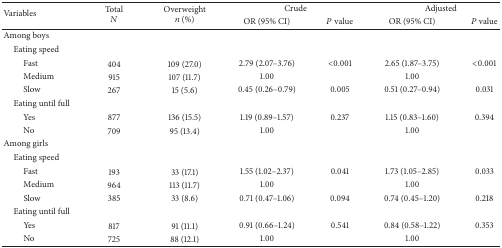
<table><thead><tr><td rowspan="2"><b>Variables</b></td><td rowspan="2"><b>Total<i>N</i></b></td><td rowspan="2"><b>Overweight<i>n</i> (%)</b></td><td colspan="2"><b>Crude</b></td><td colspan="2"><b>Adjusted</b></td></tr><tr><td><b>OR (95% CI)</b></td><td><b><i>P</i> value</b></td><td><b>OR (95% CI)</b></td><td><b><i>P</i> value</b></td></tr></thead><tbody><tr><td>Among boys</td><td> </td><td> </td><td> </td><td> </td><td> </td><td> </td></tr><tr><td> Eating speed</td><td> </td><td> </td><td> </td><td> </td><td> </td><td> </td></tr><tr><td>Fast</td><td>404</td><td>109 (27.0)</td><td>2.79 (2.07–3.76)</td><td>&lt;0.001</td><td>2.65 (1.87–3.75)</td><td>&lt;0.001</td></tr><tr><td>Medium</td><td>915</td><td>107 (11.7)</td><td>1.00 </td><td> </td><td>1.00</td><td> </td></tr><tr><td>Slow</td><td>267</td><td>15 (5.6)</td><td>0.45 (0.26–0.79)</td><td>0.005</td><td>0.51 (0.27–0.94)</td><td>0.031</td></tr><tr><td> Eating until full</td><td> </td><td> </td><td> </td><td> </td><td> </td><td> </td></tr><tr><td>Yes</td><td>877</td><td>136 (15.5)</td><td>1.19 (0.89–1.57)</td><td>0.237</td><td>1.15 (0.83–1.60)</td><td>0.394</td></tr><tr><td>No</td><td>709</td><td>95 (13.4)</td><td>1.00</td><td> </td><td>1.00</td><td> </td></tr><tr><td>Among girls</td><td> </td><td> </td><td> </td><td> </td><td> </td><td> </td></tr><tr><td> Eating speed</td><td> </td><td> </td><td> </td><td> </td><td> </td><td> </td></tr><tr><td>Fast</td><td>193</td><td>33 (17.1)</td><td>1.55 (1.02–2.37)</td><td> 0.041</td><td>1.73 (1.05–2.85)</td><td> 0.033</td></tr><tr><td>Medium</td><td>964</td><td>113 (11.7)</td><td>1.00 </td><td> </td><td>1.00</td><td> </td></tr><tr><td>Slow</td><td>385</td><td>33 (8.6)</td><td>0.71 (0.47–1.06)</td><td> 0.094</td><td>0.74 (0.45–1.20)</td><td> 0.218</td></tr><tr><td> Eating until full</td><td> </td><td> </td><td> </td><td> </td><td> </td><td> </td></tr><tr><td>Yes</td><td>817</td><td>91 (11.1)</td><td>0.91 (0.66–1.24)</td><td> 0.541</td><td>0.84 (0.58–1.22)</td><td> 0.353</td></tr><tr><td>No</td><td>725</td><td>88 (12.1)</td><td>1.00 </td><td> </td><td>1.00</td><td> </td></tr></tbody></table>